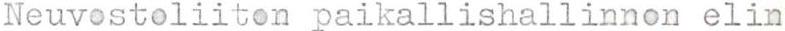
Neuvostoliiton paikallishallinnon elin